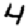
Digit: 4